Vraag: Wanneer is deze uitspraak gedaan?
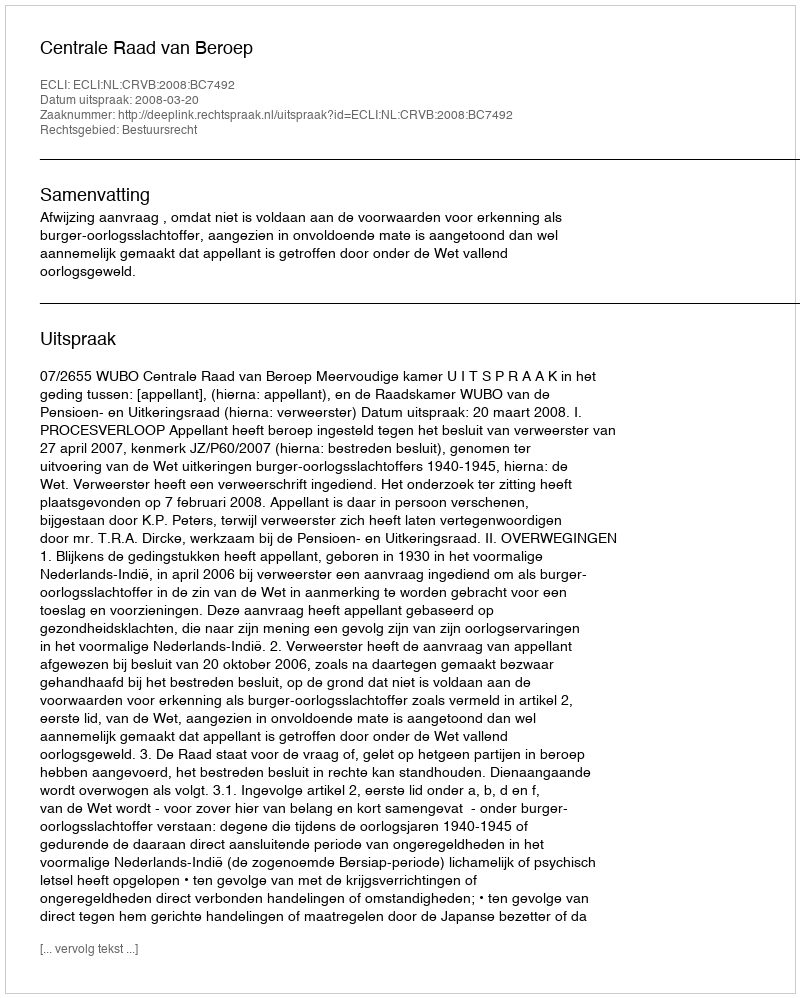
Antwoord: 2008-03-20